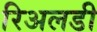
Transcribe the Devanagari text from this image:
रिअलडी